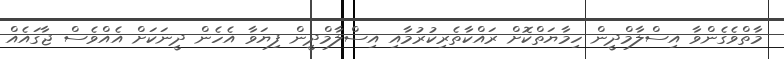
މާތްވެގެންވާ އިސްލާމްދީން ހިމާޔަތްކޮށް ރައްކާތެރިކުރުމާއި އިސްލާމްދީން ފިޔަވާ އެހެން ދީނަކަށް އެއްވެސް ޖާގައެއް